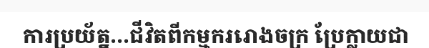
ការប្រយ័ត្ន...ជីវិតពីកម្មកររោងចក្រ ប្រែក្លាយជា